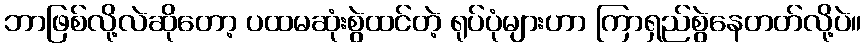
ဘာဖြစ်လို့လဲဆိုတော့ ပထမဆုံးစွဲထင်တဲ့ ရုပ်ပုံများဟာ ကြာရှည်စွဲနေတတ်လို့ပဲ။